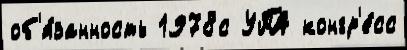
об'я́занность 1978с УПА конгр'е́сс